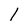
Character: 1